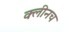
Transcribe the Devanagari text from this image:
क्लीनच